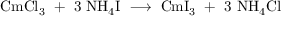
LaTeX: \mathrm { C m C l _ { 3 } \ + \ 3 \ N H _ { 4 } I \ \longrightarrow \ C m I _ { 3 } \ + \ 3 \ N H _ { 4 } C l }